Civil Veterinary Dept. Bombay admin report 1923-31 - 1923-1931
Year: 1923
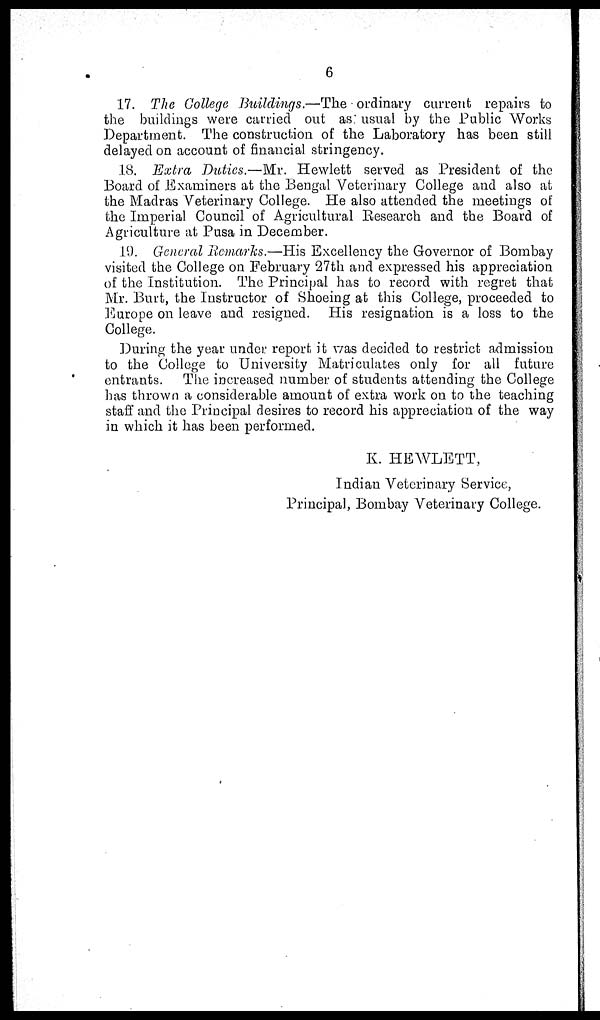
6
17. The College Buildings.—The ordinary current repairs to
the buildings were carried out as usual by the Public Works
Department. The construction of the Laboratory has been still
delayed on account of financial stringency.
18. Extra Duties.—Mr. Hewlett served as President of the
Board of Examiners at the Bengal Veterinary College and also at
the Madras Veterinary College. He also attended the meetings of
the Imperial Council of Agricultural Research and the Board of
Agriculture at Pusa in December.
19. General Remarks.—His Excellency the Governor of Bombay
visited the College on February 27th and expressed his appreciation
of the Institution. The Principal has to record with regret that
Mr. Burt, the Instructor of Shoeing at this College, proceeded to
Europe on leave and resigned. His resignation is a loss to the
College.
During the year under report it was decided to restrict admission
to the College to University Matriculates only for all future
entrants. The increased number of students attending the College
has thrown a considerable amount of extra work on to the teaching
staff and the Principal desires to record his appreciation of the way
in which it has been performed.
K. HEWLETT,
Indian Veterinary Service,
Principal, Bombay Veterinary College.